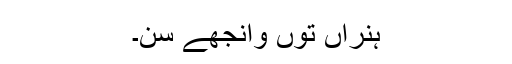
ہُنراں توں وانجھے سن۔